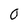
Character: 0